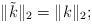
LaTeX: \begin{align*}\|\tilde{k}\|_2 = \|k\|_2;\end{align*}